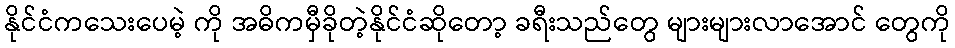
နိုင်ငံကသေးပေမဲ့ ကို အဓိကမှီခိုတဲ့နိုင်ငံဆိုတော့ ခရီးသည်တွေ များများလာအောင် တွေကို